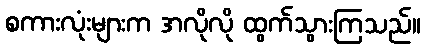
စကားလုံးများက အလိုလို ထွက်သွားကြသည်။